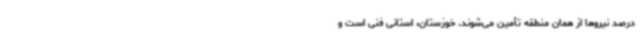
درصد نیروها از همان منطقه تأمین می‌شوند. خوزستان، استانی فنی است و